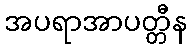
အပရာအာပတ္တီန